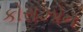
કોરાઝોન